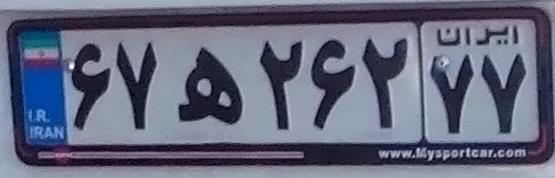
۶۷ه۲۶۲۷۷